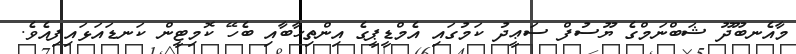
މާއެނބޫދޫ ޝަބްނަމްގެ ޔޫސުފް ސަޢީދު ކަމުގައި އެމްޑީޕީގެ އިންތިޚާބާއި ބެހޭ ކޮމިޓީން ކަނޑައަޅައިފިއެވެ.